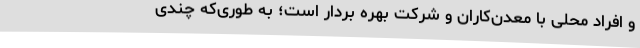
و افراد محلی با معدن‌کاران و شرکت بهره بردار است؛ به طوری‌که چندی